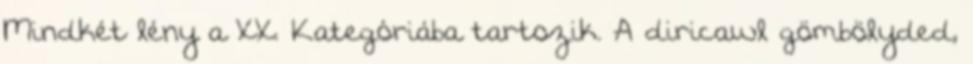
Mindkét lény a XX. Kategóriába tartozik. A diricawl gömbölyded,